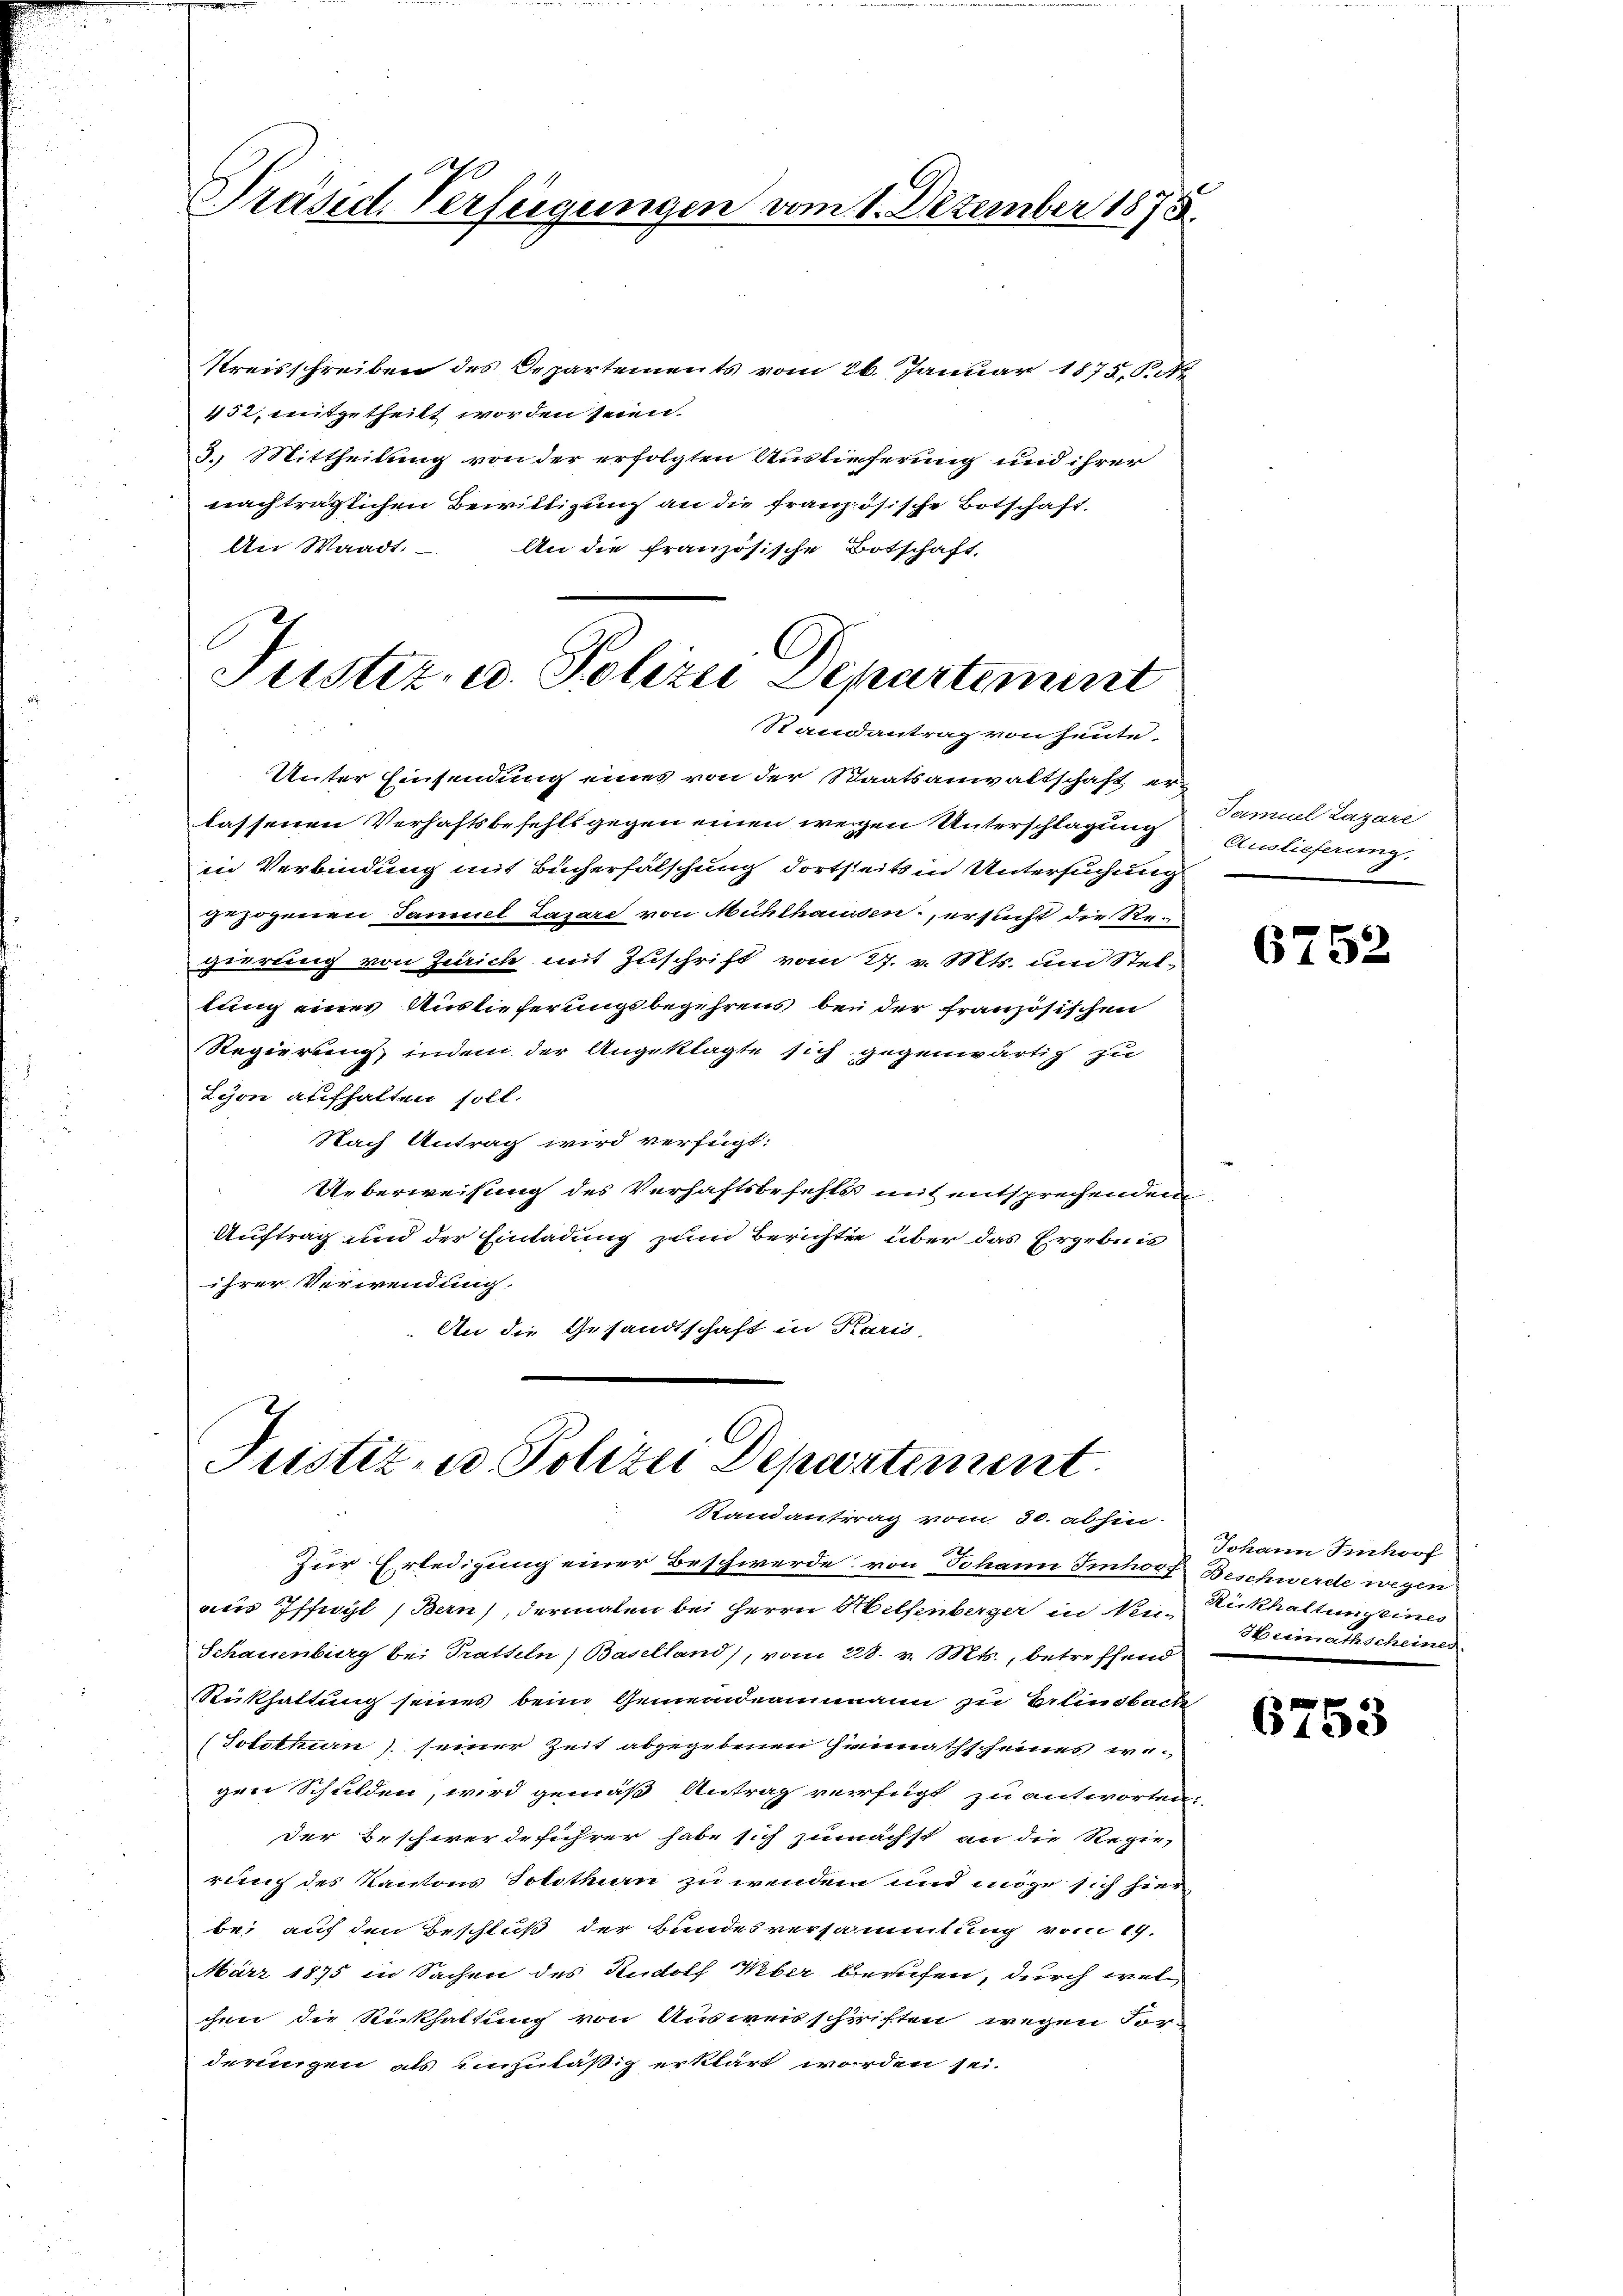
Präsid. Verfügungen vom 1. Dezember 1873.

Kreisschreiben des Departements vom 26. Januar 1875, S. Ar
452, mitgetheilt worden seien.
3. Mittheilung von der erfolgten Auslieferung und ihrer
nachträglichen Bewilligung an die französische Botschaft.
An Waadt.
An die französische Botschaft,

Justiz- u. Polizei Departement
Randantrag von heute

Unter Einsendung eines von der Staatsanwaltschaft er-
lassenen Verhaftsbefehls gegen einen wegen Unterschlagung
in Verbindung mit Bücherfalschung dortseits in Untersuchung
gezogenen Samuel Lazare von Mühlhaussen, ersucht die Regierung von Zürich mit Zuschrift vom 27. v. Mts. um Stellung eines Auslieferungsbegehrens bei der französischen
Regierung, indem der Angeklagte sich gegenwärtig zu
Lyon aufhalten soll.
Nach Antrag wird verfügt:
Ueberweisung des Verhaftsbefehls mit entsprechendem
Auftrag und der Einladung zum Berichten über das Ergebnis
ihrer Verwendung.
An die Gesandtschaft in Karis,

Justiz- u. Polizei Departement.
Randantrag vom 30. abhin.

Zur Erledigung einer Beschwerde; von Johann Imhof Beschwerde wegen
aus Iffwyl (Bern), dermalen bei Herrn Hilfenberger in Neu-Rickhaltung eines
Schauenburg bei Pratteln) Baselland), vom 28. v. Mts., betreffend
Rükhaltung seines beim Gemeindeammann zu Erlindbach
(Solothurn seiner Zeit abgegebenen Gennathscheines regen Schulden, wird gemäß Antrag verfügt zu antworten.
der Beschwerdeführer habe sich zunächst an die Regie-
rung des Kantons Solothurn zu wenden und möge sich hier
be, auf den Beschluß der Bundesversammlung vom 19.
März 1875 in Sachen des Rudolf Weber berufen, durch welchen die Rickhaltung von Ausweisschriften wegen Vorderungen als unzuläßig erklärt worden sei.

Samuel Lazare
Auslieferung.

6752

Johann Imhof
Heimathscheiner

6753